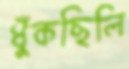
ধুঁকছিলি